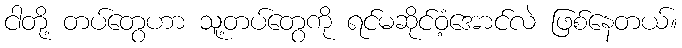
ငါတို့ တပ်တွေဟာ သူ့တပ်တွေကို ရင်မဆိုင်ဝံ့အောင်လဲ ဖြစ်နေတယ်။